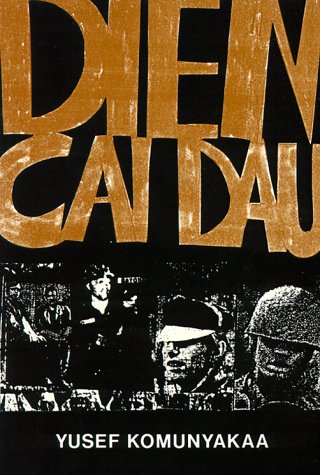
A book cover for Dien Cai Dau (Wesleyan Poetry Series); Yusef Komunyakaa; Literature & Fiction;